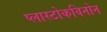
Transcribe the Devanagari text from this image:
प्लास्टोकविनोन